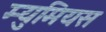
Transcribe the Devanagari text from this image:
म्युमियस